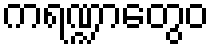
ကရဏ္ဍာတွေဝ